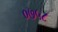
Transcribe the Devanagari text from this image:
०७५८